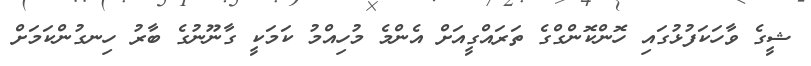
ޝީގެ ވާހަކަފުޅުގައި ހޮންކޮންގްގެ ތަރައްގީއަށް އެންމެ މުހިއްމު ކަމަކީ ގާނޫނުގެ ބާރު ހިނގުންކަމަށް